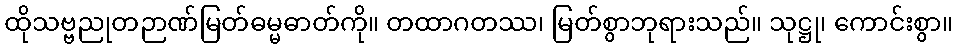
ထိုသဗ္ဗညုတဉာဏ်မြတ်ဓမ္မဓာတ်ကို။ တထာဂတဿ၊ မြတ်စွာဘုရားသည်။ သုဋ္ဌု၊ ကောင်းစွာ။